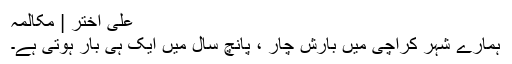
علی اختر | مکالمہ
ہمارے شہر کراچی میں بارش چار ، پانچ سال میں ایک ہی بار ہوتی ہے۔